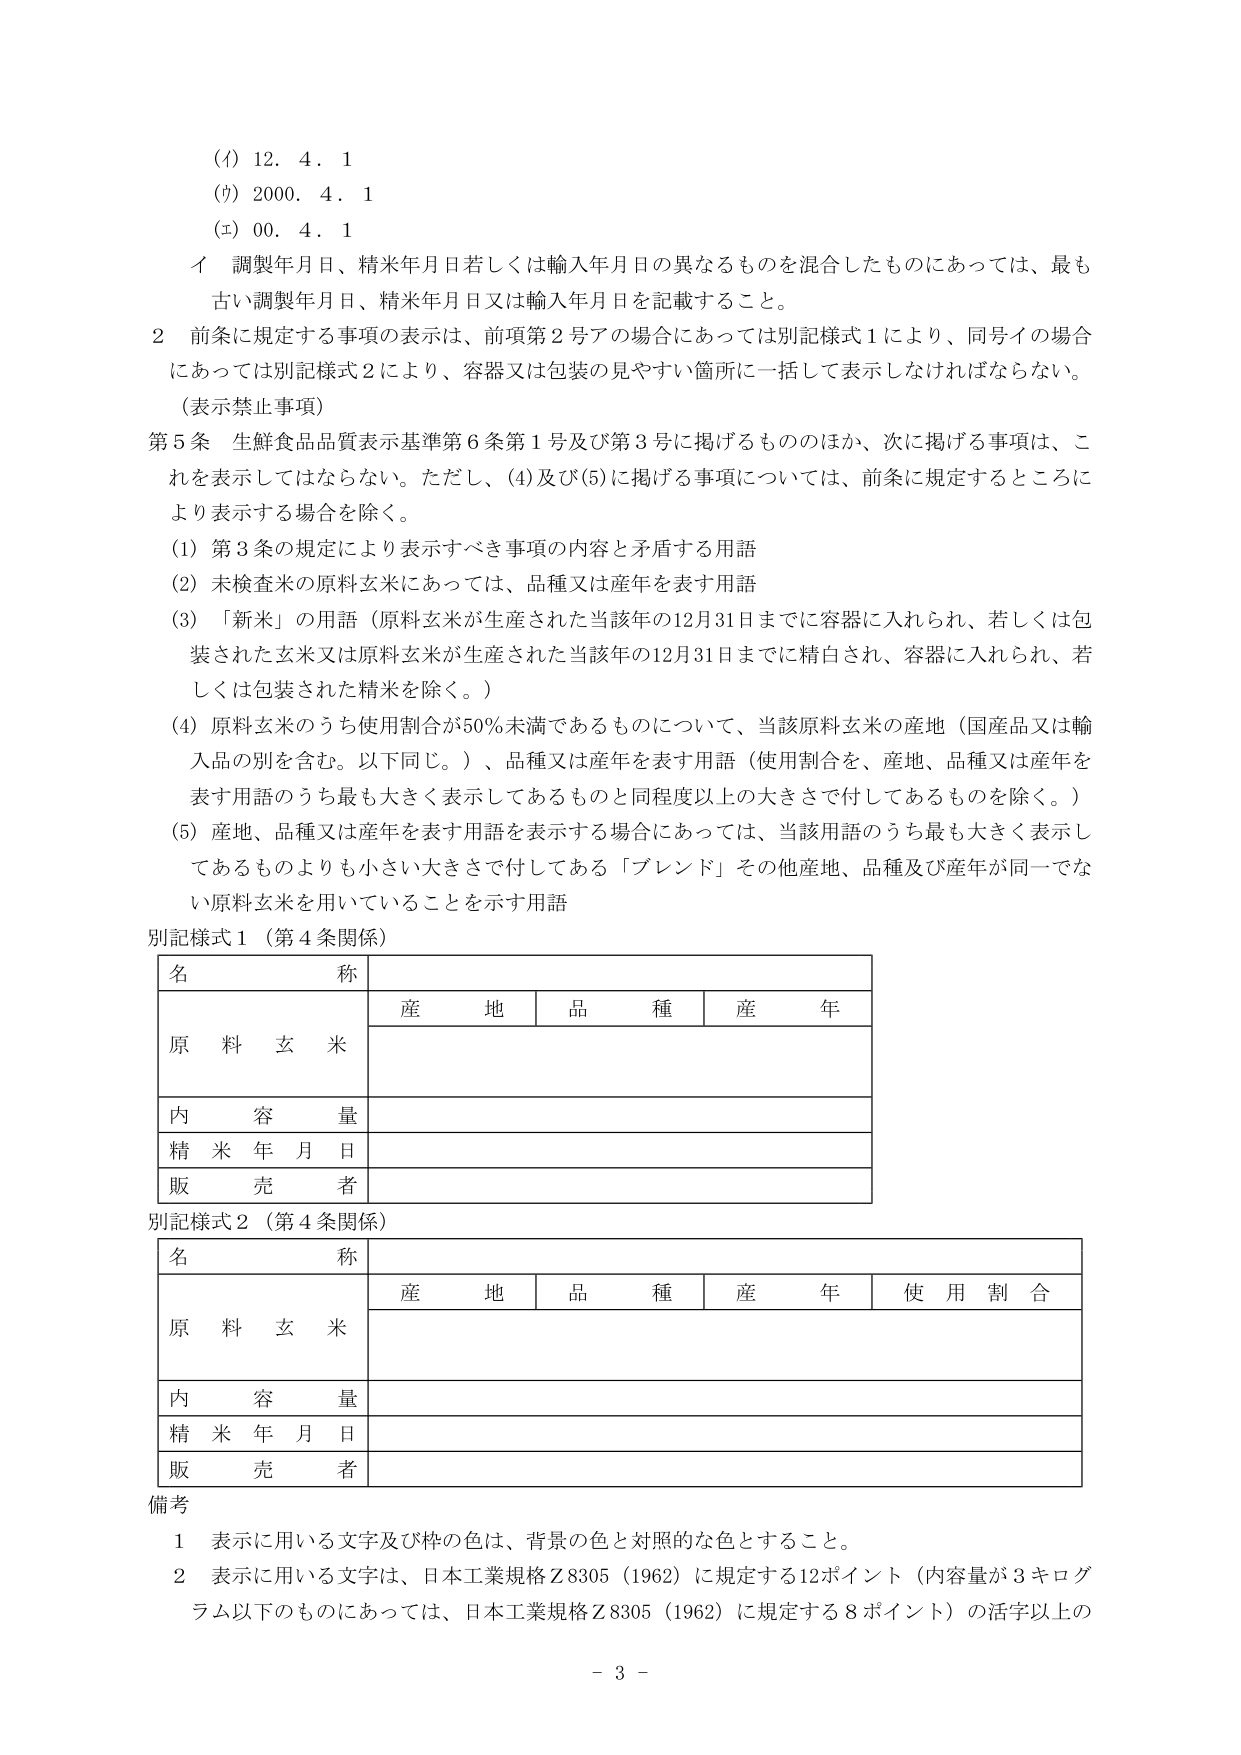
(ｲ) 12. 4. 1
(ｳ) 2000. 4. 1
(ｴ) 00. 4. 1

イ 調製年月日、精米年月日若しくは輸入年月日の異なるものを混合したものにあっては、最も古い調製年月日、精米年月日又は輸入年月日を記載すること。

2 前条に規定する事項の表示は、前項第2号アの場合にあっては別記様式1により、同号イの場合にあっては別記様式2により、容器又は包装の見やすい箇所に一括して表示しなければならない。
（表示禁止事項）

第5条 生鮮食品品質表示基準第6条第1号及び第3号に掲げるもののほか、次に掲げる事項は、これを表示してはならない。ただし、(4)及び(5)に掲げる事項については、前条に規定するところにより表示する場合を除く。

(1) 第3条の規定により表示すべき事項の内容と矛盾する用語
(2) 未検査米の原料玄米にあっては、品種又は産年を表す用語
(3) 「新米」の用語（原料玄米が生産された当該年の12月31日までに容器に入れられ、若しくは包装された玄米又は原料玄米が生産された当該年の12月31日までに精白され、容器に入れられ、若しくは包装された精米を除く。）
(4) 原料玄米のうち使用割合が50％未満であるものについて、当該原料玄米の産地（国産品又は輸入品の別を含む。以下同じ。）、品種又は産年を表す用語（使用割合を、産地、品種又は産年を表す用語のうち最も大きく表示してあるものと同程度以上の大きさで付してあるものを除く。）
(5) 産地、品種又は産年を表す用語を表示する場合にあっては、当該用語のうち最も大きく表示してあるものよりも小さい大きさで付してある「ブレンド」その他産地、品種及び産年が同一でない原料玄米を用いていることを示す用語

別記様式1（第4条関係）

| 名称 | 産地 | 品種 | 産年 |
|------|------|------|------|
| 原料玄米 |      |      |      |
| 内容量 |      |      |      |
| 精米年月日 |      |      |      |
| 販売者 |      |      |      |

別記様式2（第4条関係）

| 名称 | 産地 | 品種 | 産年 | 使用割合 |
|------|------|------|------|----------|
| 原料玄米 |      |      |      |          |
| 内容量 |      |      |      |          |
| 精米年月日 |      |      |      |          |
| 販売者 |      |      |      |          |

備考
1 表示に用いる文字及び枠の色は、背景の色と対照的な色とすること。
2 表示に用いる文字は、日本工業規格Z8305（1962）に規定する12ポイント（内容量が3キログラム以下のものにあっては、日本工業規格Z8305（1962）に規定する8ポイント）の活字以上の

- 3 -